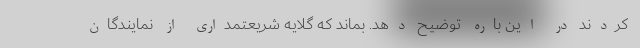
‌کردند در این باره توضیح دهد. بماند که گلایه شریعتمداری از نمایندگان